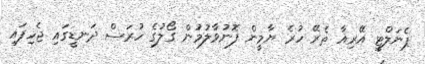
ޕެނަލްޓީ އޭރިއާ ތެރޭ ހުރެ ޔާމީން ފޮނުވާލުމުން ގޯލުގެ ހުރަސް ދަނޑީގައި ޖެހިފައި